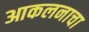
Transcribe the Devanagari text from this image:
आकलनाचा